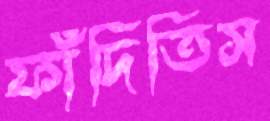
ফাঁদিতিস